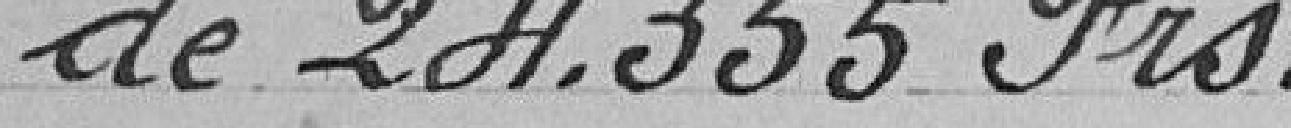
de 24.355 francs